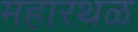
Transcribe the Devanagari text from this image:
महारथळ